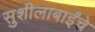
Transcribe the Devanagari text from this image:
सुशीलाबाईंचे